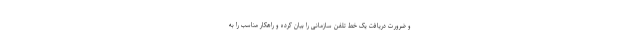
و ضرورت دریافت یک خط تلفن سازمانی را بیان کرده و راهکار مناسب را به